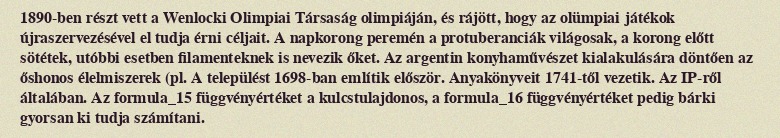
1890-ben részt vett a Wenlocki Olimpiai Társaság olimpiáján, és rájött, hogy az olümpiai játékok újraszervezésével el tudja érni céljait. A napkorong peremén a protuberanciák világosak, a korong előtt sötétek, utóbbi esetben filamenteknek is nevezik őket. Az argentin konyhaművészet kialakulására döntően az őshonos élelmiszerek (pl. A települést 1698-ban említik először. Anyakönyveit 1741-től vezetik. Az IP-ről általában. Az formula_15 függvényértéket a kulcstulajdonos, a formula_16 függvényértéket pedig bárki gyorsan ki tudja számítani.